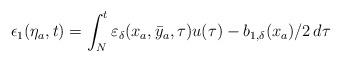
LaTeX: \begin{align*}\epsilon_1(\eta_a,t)= \int_{N}^{t} \varepsilon_\delta({x}_a,\bar{y}_a,\tau)u(\tau)-b_{1,\delta}(x_a)/2 \,d \tau\end{align*}